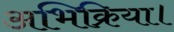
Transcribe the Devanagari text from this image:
अभिक्रिया।